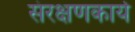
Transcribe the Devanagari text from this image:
संरक्षणकार्य